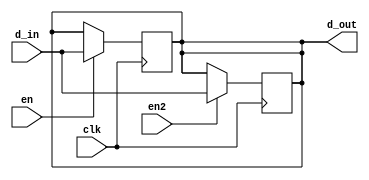
`timescale 1ns / 1ps
module test_1bit_2reg(


input d_in, // Data input
input clk, // clock input
input en,
input en2,
output reg d_out // output Q


);

always @(posedge clk)
begin
if(en)
d_out<= d_in;

end

always@(posedge clk)
begin
if(en2)
d_out<= d_in;
end

endmodule